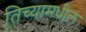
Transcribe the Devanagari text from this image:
तिच्यामधील